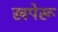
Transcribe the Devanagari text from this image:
खपेरू